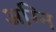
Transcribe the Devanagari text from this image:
अग्‍नि